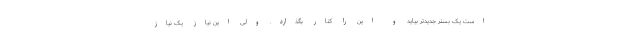
است یک بستر جدیدتر بیاید و این را کنار بگذارد. ولی این نیاز یک نیاز